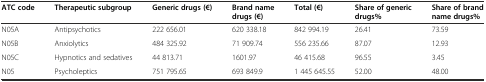
<table><thead><tr><td><b>ATC code</b></td><td><b>Therapeutic subgroup</b></td><td><b>Generic drugs (€)</b></td><td><b>Brand name drugs (€)</b></td><td><b>Total (€)</b></td><td><b>Share of generic drugs%</b></td><td><b>Share of brand name drugs%</b></td></tr></thead><tbody><tr><td>N05A</td><td>Antipsychotics</td><td>222 656.01</td><td>620 338.18</td><td>842 994.19</td><td>26.41</td><td>73.59</td></tr><tr><td>N05B</td><td>Anxiolytics</td><td>484 325.92</td><td>71 909.74</td><td>556 235.66</td><td>87.07</td><td>12.93</td></tr><tr><td>N05C</td><td>Hypnotics and sedatives</td><td>44 813.71</td><td>1601.97</td><td>46 415.68</td><td>96.55</td><td>3.45</td></tr><tr><td>N05</td><td>Psycholeptics</td><td>751 795.65</td><td>693 849.9</td><td>1 445 645.55</td><td>52.00</td><td>48.00</td></tr></tbody></table>